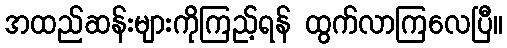
အထည်ဆန်းများကိုကြည့်ရန် ထွက်လာကြလေပြီ။